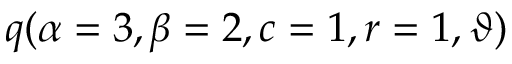
\displaystyle q ( \alpha = 3 , \beta = 2 , c = 1 , r = 1 , \vartheta )